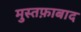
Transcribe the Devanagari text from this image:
मुस्तफ़ाबाद